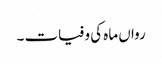
رواں ماہ کی وفیات ۔